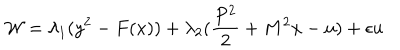
{ \cal W } = \lambda _ { 1 } ( y ^ { 2 } - F ( x ) ) + \lambda _ { 2 } ( \frac { P ^ { 2 } } { 2 } + M ^ { 2 } x - u ) + \epsilon u